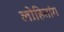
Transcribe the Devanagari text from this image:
लोहितांग